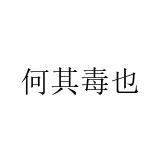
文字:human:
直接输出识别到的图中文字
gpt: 何其毒也